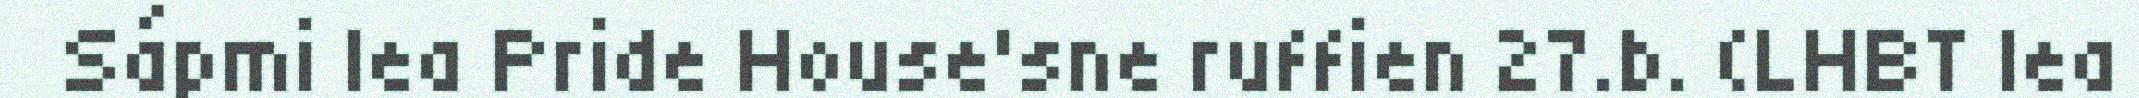
Sápmi lea Pride House'sne ruffien 27.b. (LHBT lea